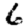
Digit: 6